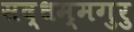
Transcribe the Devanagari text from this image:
सद्धम्मगुरु